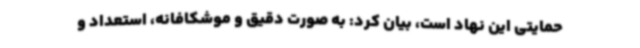
حمایتی این نهاد است، بیان کرد: به صورت دقیق و موشکافانه، استعداد و